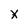
Character: X